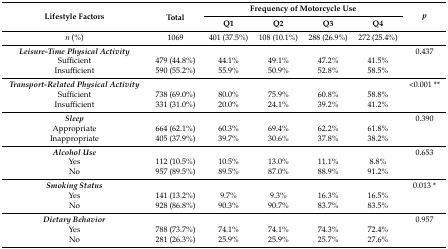
<table><thead><tr><td rowspan="2"><b>Lifestyle Factors</b></td><td rowspan="2"><b>Total</b></td><td colspan="4"><b>Frequency of Motorcycle Use</b></td><td rowspan="2"><b><i>p</i></b></td></tr><tr><td><b>Q1</b></td><td><b>Q2</b></td><td><b>Q3</b></td><td><b>Q4</b></td></tr></thead><tbody><tr><td><i>n</i> (%)</td><td>1069</td><td>401 (37.5%)</td><td>108 (10.1%)</td><td>288 (26.9%)</td><td>272 (25.4%)</td><td></td></tr><tr><td><b><i>Leisure-Time Physical Activity</i></b></td><td></td><td></td><td></td><td></td><td></td><td>0.437</td></tr><tr><td>Sufficient</td><td>479 (44.8%)</td><td>44.1%</td><td>49.1%</td><td>47.2%</td><td>41.5%</td><td></td></tr><tr><td>Insufficient</td><td>590 (55.2%)</td><td>55.9%</td><td>50.9%</td><td>52.8%</td><td>58.5%</td><td></td></tr><tr><td><b><i>Transport-Related Physical Activity</i></b></td><td></td><td></td><td></td><td></td><td></td><td>&lt;0.001 **</td></tr><tr><td>Sufficient</td><td>738 (69.0%)</td><td>80.0%</td><td>75.9%</td><td>60.8%</td><td>58.8%</td><td></td></tr><tr><td>Insufficient</td><td>331 (31.0%)</td><td>20.0%</td><td>24.1%</td><td>39.2%</td><td>41.2%</td><td></td></tr><tr><td><b><i>Sleep</i></b></td><td></td><td></td><td></td><td></td><td></td><td>0.390</td></tr><tr><td>Appropriate</td><td>664 (62.1%)</td><td>60.3%</td><td>69.4%</td><td>62.2%</td><td>61.8%</td><td></td></tr><tr><td>Inappropriate</td><td>405 (37.9%)</td><td>39.7%</td><td>30.6%</td><td>37.8%</td><td>38.2%</td><td></td></tr><tr><td><b><i>Alcohol Use</i></b></td><td></td><td></td><td></td><td></td><td></td><td>0.653</td></tr><tr><td>Yes</td><td>112 (10.5%)</td><td>10.5%</td><td>13.0%</td><td>11.1%</td><td>8.8%</td><td></td></tr><tr><td>No</td><td>957 (89.5%)</td><td>89.5%</td><td>87.0%</td><td>88.9%</td><td>91.2%</td><td></td></tr><tr><td><b><i>Smoking Status</i></b></td><td></td><td></td><td></td><td></td><td></td><td>0.013 *</td></tr><tr><td>Yes</td><td>141 (13.2%)</td><td>9.7%</td><td>9.3%</td><td>16.3%</td><td>16.5%</td><td></td></tr><tr><td>No</td><td>928 (86.8%)</td><td>90.3%</td><td>90.7%</td><td>83.7%</td><td>83.5%</td><td></td></tr><tr><td><b><i>Dietary Behavior</i></b></td><td></td><td></td><td></td><td></td><td></td><td>0.957</td></tr><tr><td>Yes</td><td>788 (73.7%)</td><td>74.1%</td><td>74.1%</td><td>74.3%</td><td>72.4%</td><td></td></tr><tr><td>No</td><td>281 (26.3%)</td><td>25.9%</td><td>25.9%</td><td>25.7%</td><td>27.6%</td><td></td></tr></tbody></table>